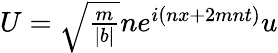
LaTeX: \begin{array}{r}{U=\sqrt{\frac{m}{|b|}}ne^{i(nx+2mnt)}u}\end{array}